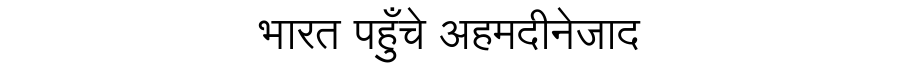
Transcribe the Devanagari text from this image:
भारत पहुँचे अहमदीनेजाद